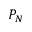
P _ { N }